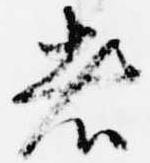
者